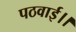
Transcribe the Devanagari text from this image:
पठवाई।।